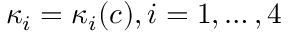
\kappa _ { i } = \kappa _ { i } ( c ) , i = 1 , \ldots , 4